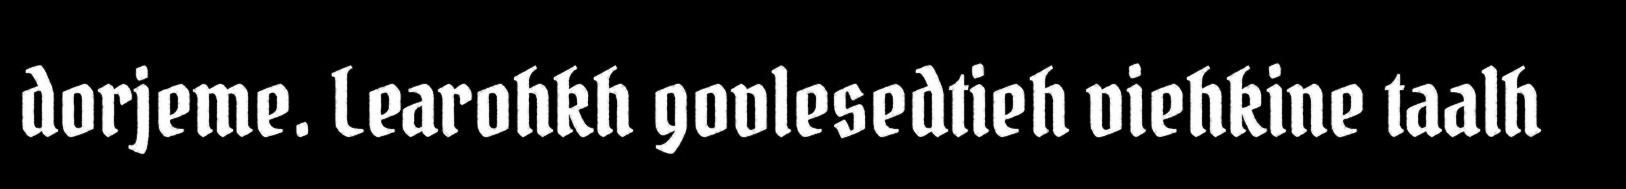
dorjeme. Learohkh govlesedtieh viehkine taalh